Annual report of the Civil Veterinary Department, Bengal, for the year 1896-97 - 1896-1897
Year: 1896
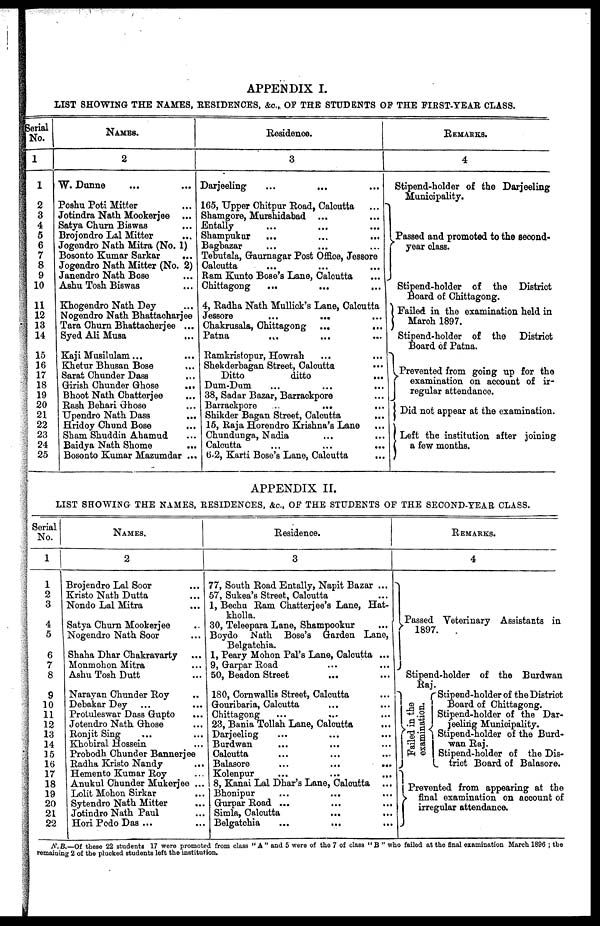
APPENDIX I.
LIST SHOWING THE NAMES, RESIDENCES, &c.,OF THE STUDENTS OF THE FIRST-YEAR CLASS.
Serial
No.
1
1
2
3
4
5
6
7
8
9
10
11
12
13
14
15
16
17
18
19
20
21
22
23
24
25
NAMES.
2
W. Dunne ... ...
Poshu Poti Mitter ...
Jotindra Nath Mookerjee ...
Satya Churn Biswas ...
Brojondro Lsl Mitter ...
Jogendro Nath Mitra (No. 1)
Bosonto Kumar Sarkar
...
Jogendro Nath Mitter (No. 2)
Janendro Nath Bose ...
Ashu Tosh Biswas ...
Khogendro Nath Dey ...
Nogendro Nath Bhattacharjee
Tara Churn Bhattacherjee ...
Syed Ali Musa
...
Kaji Musilulam ... ...
Khetur Bhusan Bose ...
Sarat Chunder Dass
...
Girish Chunder Ghose
...
Bhoot Nath Chatterjee ...
Rash Behari Ghose ...
Upendro Nath Dass ...
Hridoy Chund Bose ...
Sham Shuddin Ahamud ...
Baidya Nath Shome ...
Bosonto Kumar Mazumdar ...
Residence.
3
Darjeeling ... ... ...
165, Upper Chitpur Road, Calcutta
...
Shamgore, Murshidabad ... ...
Entally ... ... ...
Shampukur ... ... ...
Bagbazar ... ... ...
Tebutala, Gaurnagar Post Office, Jessore
Calcutta ... ... ...
Ram Kunto Bose's Lane, Calcutta
Chittagong ... ... ...
4, Radha Nath Mullick's Lane, Calcutta
Jessore
...
...
Chakrusals, Chittagong
...
...
Patna
....
... ...
Ramkristopur, Howrah
... ...
Shekderbagan Street, Calcutta
Ditto
ditto
...
Dum-Dum
...
...
...
38, Sadar Bazar, Barrackpore ...
Barrackpore
...
... ...
Shikder Bagan Street, Calcutta ...
15, Raja Horendro Krishna's Lane ... ...
Chundunga, Nadia
...
...
Calcutta ... ... ...
6-2, Karti Bose's Lane, Calcutta
...
REMARKS.
4
Stipend-holder of the Darjeeling
Municipality.
Passed and promoted to the second-
year class.
Stipend-holder of the District
Board of Chittagong.
Failed in the examination held in
March
1897.
Stipend-holder of the
District
Board of Patna.
Prevented from going up for the
examination on account of ir-
regular attendance.
J Did not appear at the examination.
Left the institution after joining
a few months.
APPENDIX II.
LIST SHOWING THE NAMES, RESIDENCES, &c., OF THE STUDENTS OF THE SECOND-YEAR CLASS.
Serial
No.
1
2
3
4
5
6
7
8
9
10
11
12
13
14
15
16
17
18
19
20
21
22
NAMES.
2
Brojendro Lal Soor ...
Kristo Nath Dutta ...
Nondo Lal Mitra ...
Satya Churn Mookerjee ...
Nogendro Nath Soor ...
Shaha Dhar Chakravarty ...
Monmohon Mitra ...
Ashu Tosh Dutt ...
Narayan Chunder Roy ...
Debakar Dey ... ...
Protuleswar Dass Gupto
...
Jotendro Nath Ghose ...
Ronjit Sing ... ...
Khobiral Hossein ...
Probodh Chunder Bannerjee
Radha Kristo Nandy ...
Hemento Kumar Roy
Anukul Chunder Mukerjee ...
Lolit Mohon
Sirkar
...
Sytendro Nath Mitter ...
Jotindro Nath Paul ...
Hori Podo Das ... ...
Residence.
3
77, South Road Entally, Napit Bazar ...
57, Sukea's Street, Calcutta ...
1, Bechu Ram Chatterjee's Lane, Hat-
kholla.
30, Teleepara Lane, Shampookur ...
Boydo Nath Bose's Garden Lane,
Belgatchia. ...
1, Peary Mohon Pal's Lane, Calcutta ...
9, Garpar Road ... ...
50, Beadon Street ... ...
180, Cornwallis Street, Calcutta ...
Gouribaria, Calcutta ... ...
Chittagong ... ... ...
23, Bania Tollah Lane, Calcutta ...
Darjeeling ... ...
Burdwan ... ... ...
Calcutta ... ... ...
Balasore
...
...
...
Kolenpur
...
...
...
8, Kanai Lal Dhar's Lane, Calcutta ...
Bhonipur
...
...
...
Gurpar Road ... ... ...
Simla, Calcutta ... ...
Belgatchia ... ... ...
REMARKS.
4
Passed Veterinary Assistants in
1897.
Stipend-holder of the Burdwan
Raj.
Failed in the
examination.
Stipend-holder of the District
Board of Chittagong.
Stipend-holder of the Dar-
jeeling Municipality.
Stipend-holder of the Burd-
wan Raj.
Stipend-holder of the Dis-
trict Board of Balasore.
Prevented from appearing at the
final examination on account of
irregular attendance.
N.B.—Of these 22 students 17 were promoted from class "A" and 5 were of the 7 of class "B" who failed at the final examination March 1896; the
remaining 2 of the plucked students left the institution.